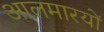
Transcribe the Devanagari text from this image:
आलमारयों